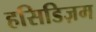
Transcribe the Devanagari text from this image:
हसिडिज़म